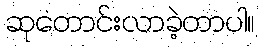
ဆုတောင်းလာခဲ့တာပါ။